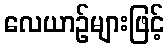
လေယာဉ်များဖြင့်